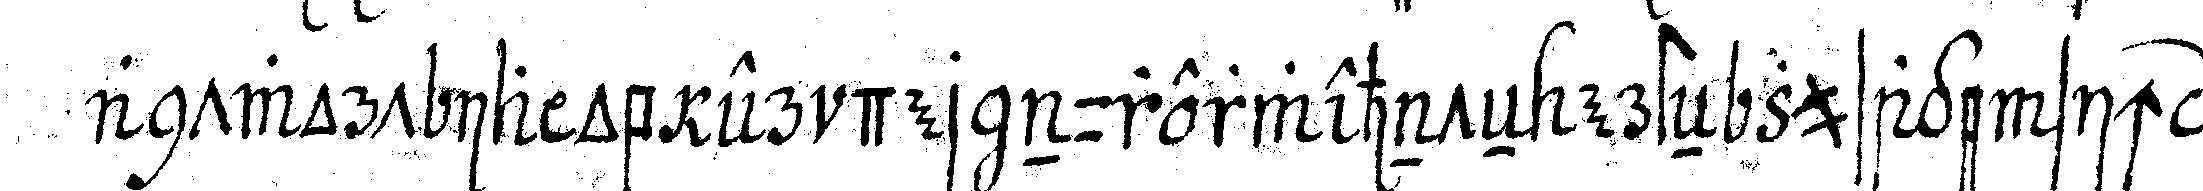
antwort ia ob er der nurerwehnteN ersteN zusage sich